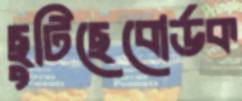
ছুটিছেবোর্ডক